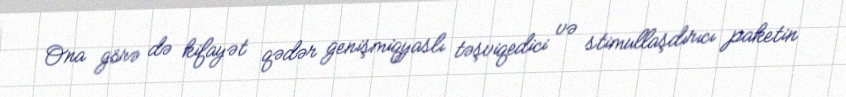
Ona görə də kifayət qədər genişmiqyaslı təşviqedici və stimullaşdırıcı paketin